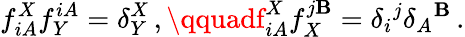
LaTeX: f_{iA}^{X}f_{Y}^{iA}=\delta_{Y}^{X}\, ,\qquadf_{iA}^{X}f_{X}^{j\mathbf{B}}=\delta_{i}{}^{j}\delta_{A}{}^{\mathbf{B}}\, .